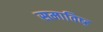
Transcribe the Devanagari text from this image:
समाविष्‍ट